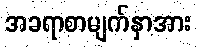
အခရာစာမျက်နှာအား